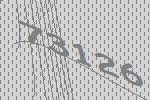
73126